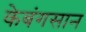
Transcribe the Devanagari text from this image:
केबंगसान